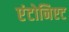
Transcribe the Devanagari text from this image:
एंटोनिएट